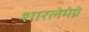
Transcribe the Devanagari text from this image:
शारलेमेग्ने